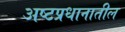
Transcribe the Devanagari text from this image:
अष्टप्रधानातील